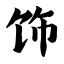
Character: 饰